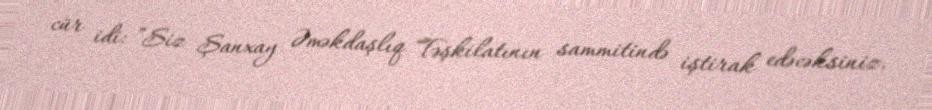
cür idi: ”Siz Şanxay Əməkdaşlıq Təşkilatının sammitində iştirak edəcəksiniz.